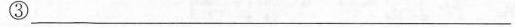
③___